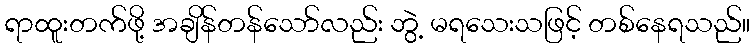
ရာထူးတက်ဖို့ အချိန်တန်သော်လည်း ဘွဲ့ မရသေးသဖြင့် တစ်နေရသည်။